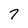
Character: 7